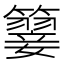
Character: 𥵳